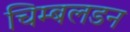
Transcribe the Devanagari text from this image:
चिम्बलडन